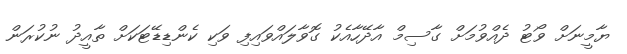
ޔާމީނަށް ވޯޓު ދެއްވުމަށް ގާސިމް އާދޭހާއެކު ގޮވާލައްވައިފި ވަކި ކެންޑިޑޭޓަކަށް ތާއީދު ނުކުރަން